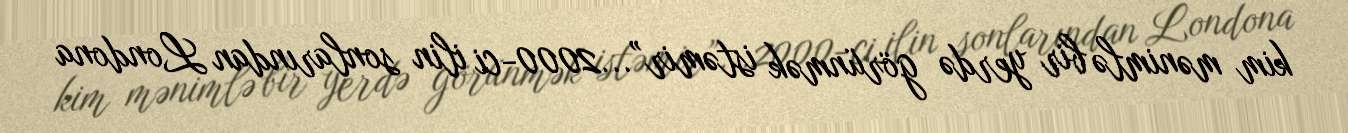
kim mənimlə bir yerdə görünmək istəmir”...2000-ci ilin sonlarından Londona